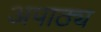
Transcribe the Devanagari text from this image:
अपाठ्य